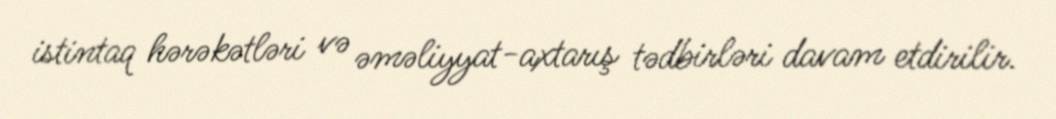
istintaq hərəkətləri və əməliyyat-axtarış tədbirləri davam etdirilir.